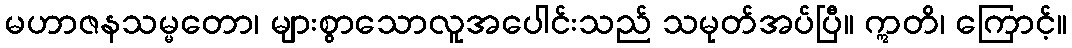
မဟာဇနသမ္မတော၊ များစွာသောလူအပေါင်းသည် သမုတ်အပ်ပြီ။ ဣတိ၊ ကြောင့်။